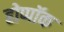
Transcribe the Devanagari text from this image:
होप्पॉक